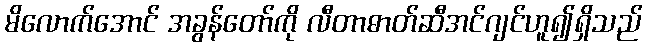
မိလောက်အောင် အခွန်တော်ကို လီတာဓာတ်ဆီအင်ဂျင်ဟူ၍ရှိသည်